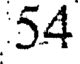
54